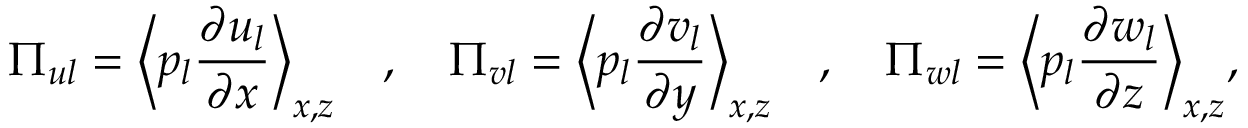
\Pi _ { u l } = \Bigl \langle p _ { l } \frac { \partial u _ { l } } { \partial x } \Bigr \rangle _ { x , z } \quad , \quad \Pi _ { v l } = \Bigl \langle p _ { l } \frac { \partial v _ { l } } { \partial y } \Bigr \rangle _ { x , z } \quad , \quad \Pi _ { w l } = \Bigl \langle p _ { l } \frac { \partial w _ { l } } { \partial z } \Bigr \rangle _ { x , z } , \: